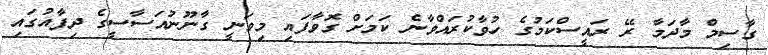
ގާސިމް މާދަމާ ރޭ ރައީސްކަމުގެ ހުވާކުރައްވާނެ ކަމަށް ގޮވާފައި މިވަނީ ގާނޫނުއަސާސީގެ ދިފާއުގައި